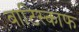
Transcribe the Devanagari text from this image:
बाटिस्काफ